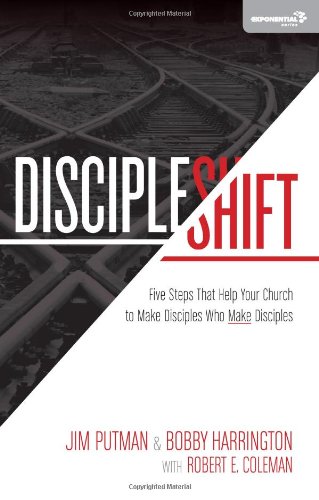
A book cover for DiscipleShift: Five Steps That Help Your Church to Make Disciples Who Make Disciples (Exponential Series); Jim Putman; Christian Books & Bibles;